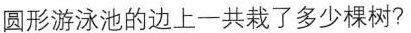
圆形游泳池的边上一共栽了多少棵树？